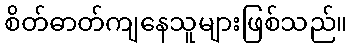
စိတ်ဓာတ်ကျနေသူများဖြစ်သည်။